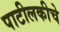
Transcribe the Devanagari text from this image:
पाटीलकीचे